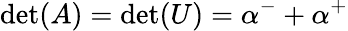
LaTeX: \operatorname*{det}(A)=\operatorname*{det}(U)=\alpha^{-}+\alpha^{+}